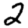
Digit: 2